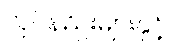
လုပ်နည်းများနှင့်